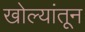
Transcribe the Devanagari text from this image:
खोल्यांतून